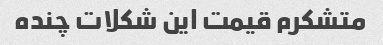
متشکرم قیمت این شکلات چنده